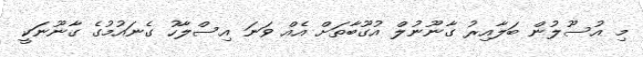
މި އުސޫލުން ބަލާއިރު ގާނޫނުލް އުގޫބާތަށް އެއް ވަނަ އިސްލާހު ގެނައުމުގެ ގާނޫނަކީ